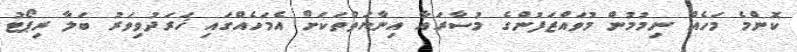
ކޮންމެ މަހެއް ނިމުމުން މުވައްޒަފުންގެ މުސާރައާ އިނާޔަތްތަކަށް އެމަހެއްގައި ޚަރަދުވިވަރު ބަލާ ރިޕޯޓު